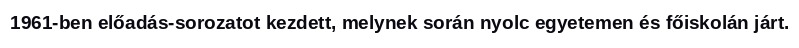
1961-ben előadás-sorozatot kezdett, melynek során nyolc egyetemen és főiskolán járt.